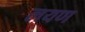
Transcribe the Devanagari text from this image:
लयण